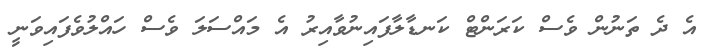
އެ ދެ ތަނުން ވެސް ކަރަންޓް ކަނޑާލާފައިނުވާއިރު އެ މައްސަލަ ވެސް ހައްލުވެފައިވަނީ